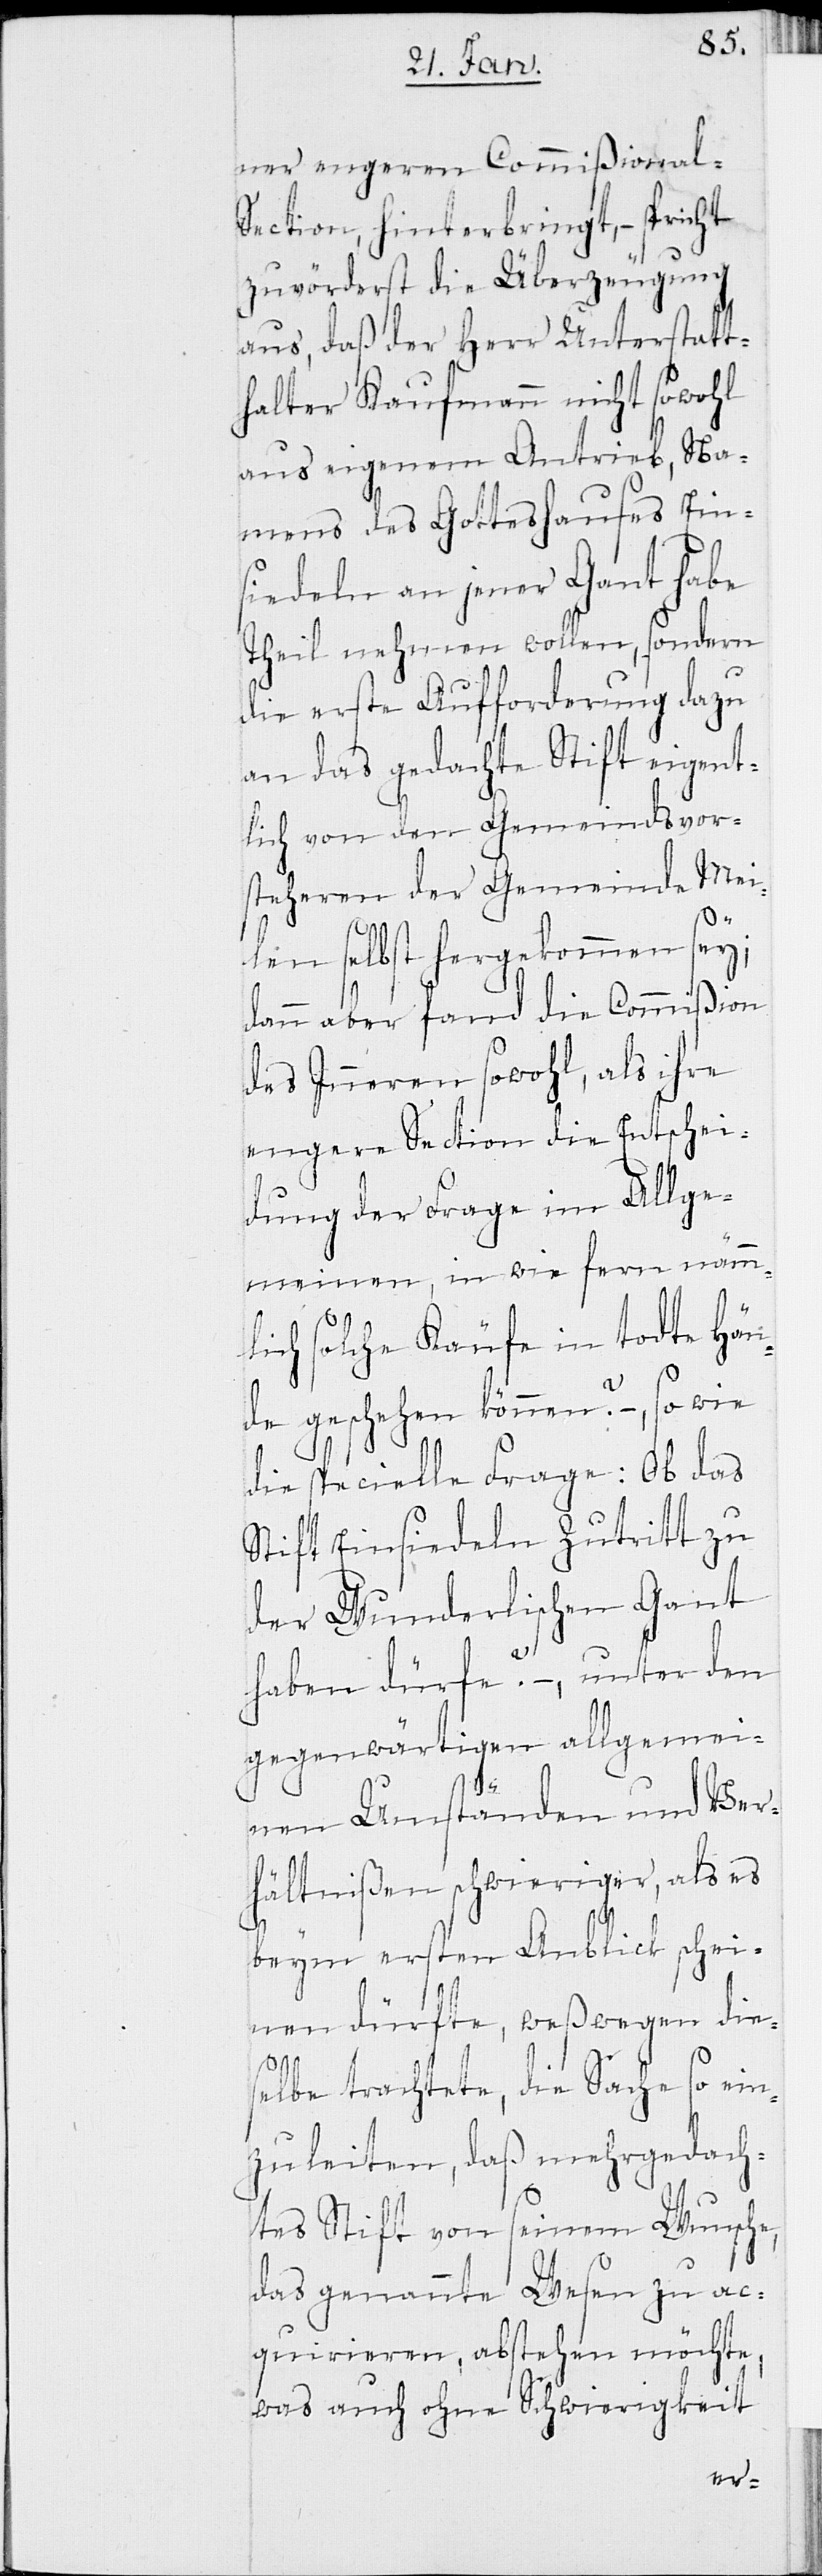
ner engeren Commißional-S¬
ection, hinterbringt, – spricht
zuvörderst die Überzeugung
aus, daß der Herr Unterstatt¬
halter Kaufmann nicht sowohl
aus eigenem Antrieb, Na¬
mens des Gotteshauses Ein¬
siedeln an jener Gant habe
Theil nehmen wollen, sondern
die erste Aufforderung dazu
an das gedachte Stift eigent¬
lich von den Gemeindsvor¬
steheren der Gemeinde Mei¬
len selbst hergekommen sey;
dann aber fand die Commißion
des Inneren sowohl, als ihre
engere Section die Entschei¬
dung der Frage im Allge¬
meinen, in wie fern nämm¬
lich solche Käufe in todte Hän¬
de geschehen können? –, so wie
die specielle Frage: Ob das
Stift Einsiedeln Zutritt zu
der Wunderlischen Gant
haben dürfe? –, unter den
gegenwärtigen allgemei¬
nen Umständen und Ver¬
hältnißen schwieriger, als es
beym ersten Anblick schei¬
nen dürfte, weßwegen dies¬
elbe trachtete, die Sache so ein¬
zuleiten, daß mehrgedach¬
tes Stift von seinem Wunsche,
das genannte Wesen zu ac¬
quirieren, abstehen möchte,
was auch ohne Schwierigkeit